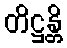
တိဋ္ဌန္တိ